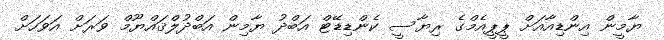
ޔާމީން އިންޑިއާއަށް ޕީޕީއެމްގެ ރިޔާސީ ކެންޑިޑޭޓް އަބްދު ޔާމިން އަބްދުލްޤައްޔޫމް ވަރަށް އަވަހަށް